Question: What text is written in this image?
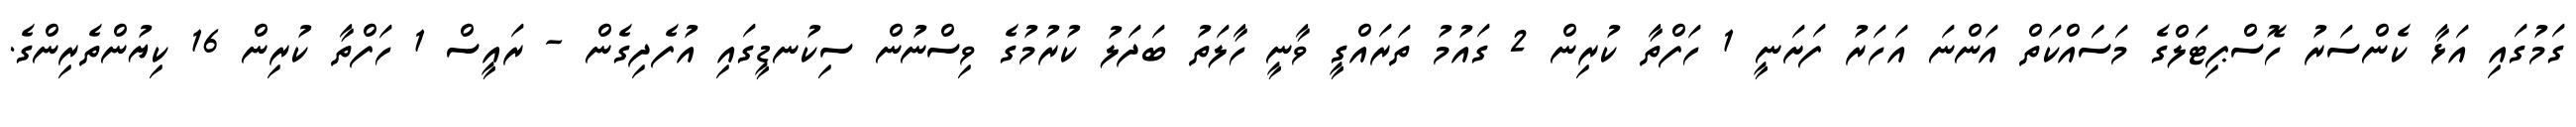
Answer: ގަމުގައި އަޅާ ކެންސަރު ހޮސްޕިޓަލްގެ މަސަައްކަތް އަންނަ އަހަރު ފަށަނީ 1 ހަފްތާ ކުރިން 2 ގައުމު ތަރައްގީ ވާނީ ހާލަތު ބަދަލު ކުރުމުގެ ވިސްނުން ސިކުނޑީގައި އުފެދިގެން - ރައީސް 1 ހަފްތާ ކުރިން 16 ކިޔުންތެރިންގެ.